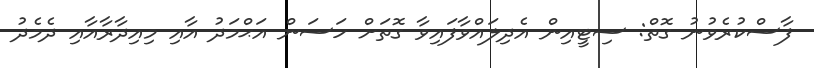
ފާސްކުރެވުނު ގޮތް: ސިޓީއިން އެދިލައްވާފައިވާ ގޮތަށް ހަސަން އަޙްމަދު އާއި މިއިދާރާއާއި ދެމެދު